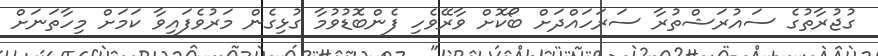
ގުޖުރާތުގެ ސައުރަޝްތުރާ ސަރަހައްދަށް ބޯކޮށް ވާރޭވެހި ފެންބޮޑުވުމާ ގުޅިގެން މަރުވެފައިވާ ކަމަށް މިހާތަނަށް